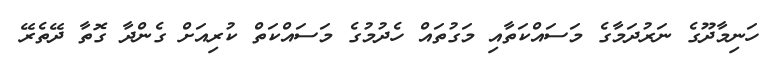
ހަނިމާދޫގެ ނަރުދަމާގެ މަސައްކަތާއި މަގުތައް ހެދުމުގެ މަސައްކަތް ކުރިއަށް ގެންދާ ގޮތާ ދޭތެރޭ